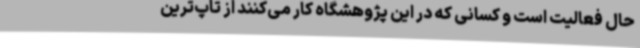
حال فعالیت است و کسانی که در این پژوهشگاه کار می‌کنند از تاپ‌ترین